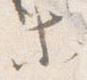
等